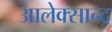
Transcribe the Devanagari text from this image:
आलेक्सान्द्र